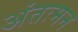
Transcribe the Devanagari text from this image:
अंतःमन